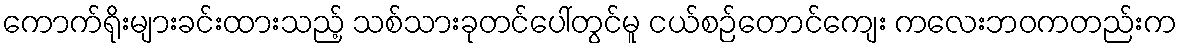
ကောက်ရိုးများခင်းထားသည့် သစ်သားခုတင်ပေါ်တွင်မူ ငယ်စဉ်တောင်ကျေး ကလေးဘဝကတည်းက